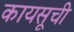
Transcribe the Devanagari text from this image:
कायसूची